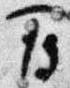
間